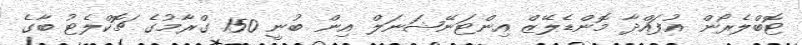
ޓޮބްލެރޯން އުފައްދާ މޮންޑެލޭޒް އިންޓަނޭޝަނަލް އިން ބުނީ 150 ގްރާމުގެ ޗޮކްލެޓު ބާގެ